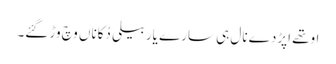
اوتھے اپڑدے نال ہی سارے یار بیلی دُکاناں وچ وڑ گئے۔